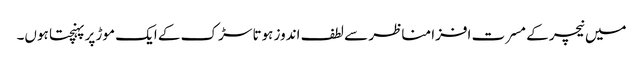
میں نیچر کے مسرت افزا مناظر سے لطف اندوز ہوتا سڑک کے ایک موڑ پر پہنچتا ہوں۔